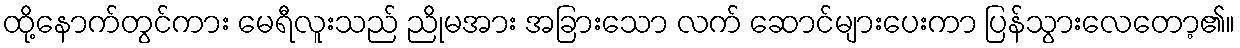
ထို့နောက်တွင်ကား မေရီလူးသည် ညိုမအား အခြားသော လက် ဆောင်များပေးကာ ပြန်သွားလေတော့၏။